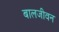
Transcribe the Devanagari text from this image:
बालजीवन